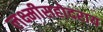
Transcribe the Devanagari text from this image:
लक्ष्मीसहोदराय